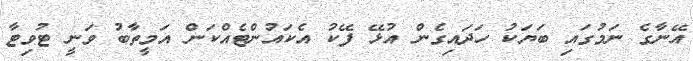
އޭނާގެ ނަމުގައި ބަޔަކު ހަދައިގެން އުޅޭ ފޭކު އެކައުންޓެއްކަން އަމީތާބު ވަނީ ޓުވިޓާ